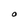
Character: O